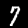
Digit: 7